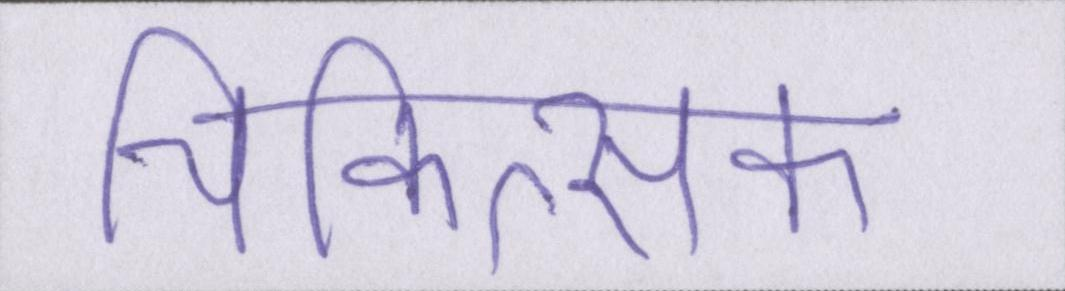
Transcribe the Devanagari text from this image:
चिकित्सक